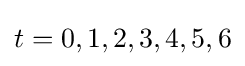
t=0,1,2,3,4,5,6